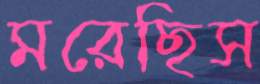
মরেছিস